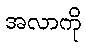
အလာကို